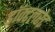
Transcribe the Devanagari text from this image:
डॉक्टलरेट